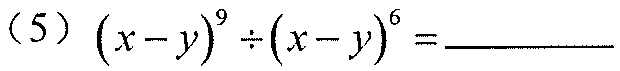
(5)\((x - y)^{9}\div(x - y)^{6}=\)